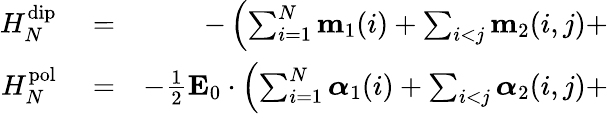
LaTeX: \begin{array}{rlr}{H_{N}^{\mathrm{dip}}}&{{}=}&{-\left(\sum_{i=1}^{N}\mathbf{m}_{1}(i)+\sum_{i<j}\mathbf{m}_{2}(i,j)+\right.}\\ {H_{N}^{\mathrm{pol}}}&{{}=}&{-\frac{1}{2}\mathbf{E}_{0}\cdot\left(\sum_{i=1}^{N}\boldsymbol{\alpha}_{1}(i)+\sum_{i<j}\boldsymbol{\alpha}_{2}(i,j)+\right.}\end{array}